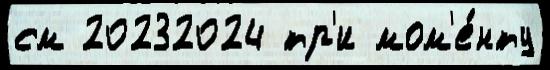
см 20232024 тр'и мом'е́нту